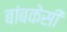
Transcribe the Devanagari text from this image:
बांबकेसी